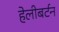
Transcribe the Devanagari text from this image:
हेलीबर्टन